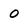
Character: 0